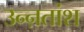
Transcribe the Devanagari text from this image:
उन्ऩतांश